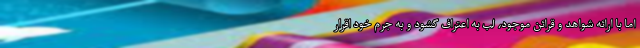
اما با ارائه شواهد و قرائن موجود، لب به اعتراف گشود و به جرم خود اقرار